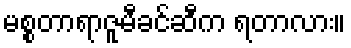
မစ္စတာရာဇူမီခင်ဆီက ရတာလား။